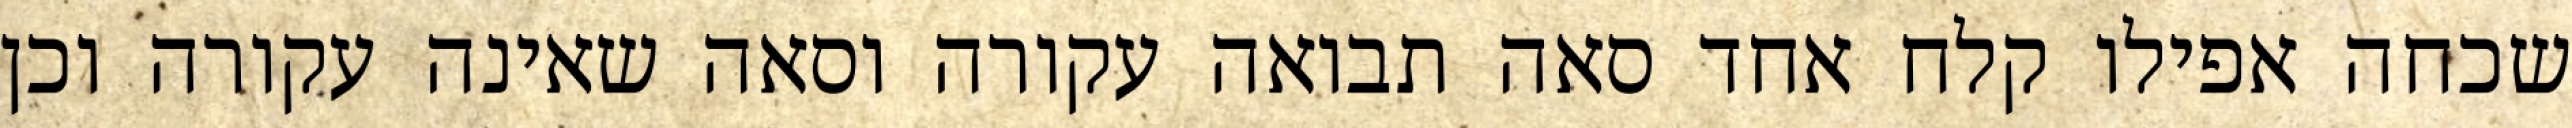
שכחה אפילו קלח אחד סאה תבואה עקורה וסאה שאינה עקורה וכן